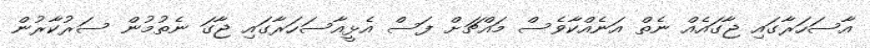
އާސަހަރާގައި ޖާގައެއް ނެތް އަނެއްކާވެސް މައްޗަށް ފަސް އެޅީއާސަހަރާގައި ޖާގަ ނެތުމުން ސަރުކާރުން